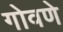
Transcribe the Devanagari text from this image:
गोवणे